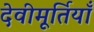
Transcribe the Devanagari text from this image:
देवीमूर्तियाँ